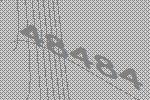
48484